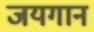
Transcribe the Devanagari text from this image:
जयगान